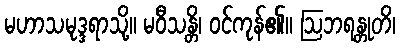
မဟာသမုဒ္ဒရာသို့။ မဝီသန္တိ၊ ဝင်ကုန်၏။ ဩဘရန္တုတိ၊